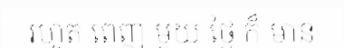
រហូត ពេញ មួយ ថ្ងៃ ក៏ មាន